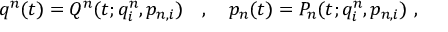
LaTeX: q ^ { n } ( t ) = Q ^ { n } ( t ; q _ { i } ^ { n } , p _ { n , i } ) \ \ \ , \ \ \ p _ { n } ( t ) = P _ { n } ( t ; q _ { i } ^ { n } , p _ { n , i } ) \ ,